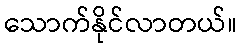
သောက်နိုင်လာတယ်။